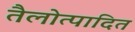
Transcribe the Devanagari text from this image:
तैलोत्पादित